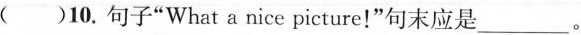
( )10.句子“What a nice picture！”句末应是___。